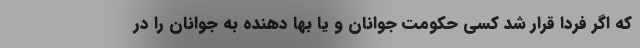
که اگر فردا قرار شد کسی حکومت جوانان و یا بها دهنده به جوانان را در